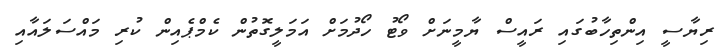
ރިޔާސީ އިންތިހާބުގައި ރައީސް ޔާމީނަށް ވޯޓު ހޯދުމަށް އަމަލީގޮތުން ކެމްޕެއިން ކުރި މައްސަލައާއި